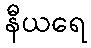
နီယရေ